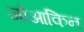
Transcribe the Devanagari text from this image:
जोआकिन